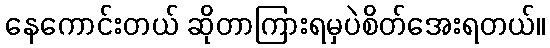
နေကောင်းတယ် ဆိုတာကြားရမှပဲစိတ်အေးရတယ်။